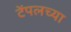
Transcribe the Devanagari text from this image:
टेंपलच्या